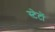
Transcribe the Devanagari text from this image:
स्टेटों